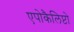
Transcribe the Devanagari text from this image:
एपोकैलिप्टो